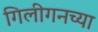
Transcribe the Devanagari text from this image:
गिलीगनच्या